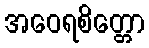
အဝေရစိတ္တော